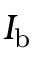
I _ { \mathrm { b } }